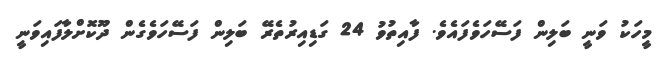
މީހަކު ވަނީ ބަލިން ފަސޭހަވެފައެވެ. ފާއިތުވު 24 ގަޑިއިރުތެރޭ ބަލިން ފަސޭހަވެގެން ދޫކޮށްލާފައިވަނީ